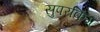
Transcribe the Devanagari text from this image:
सुपरकिंग